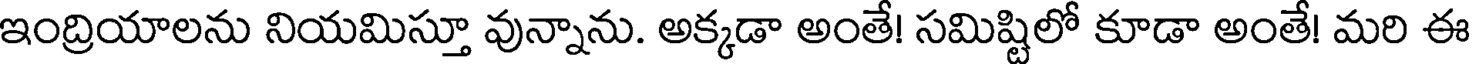
ఇంద్రియాలను నియమిస్తూ వున్నాను. అక్కడా అంతే! సమిష్టిలో కూడా అంతే! మరి ఈ